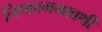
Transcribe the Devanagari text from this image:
निष्कामभावथी